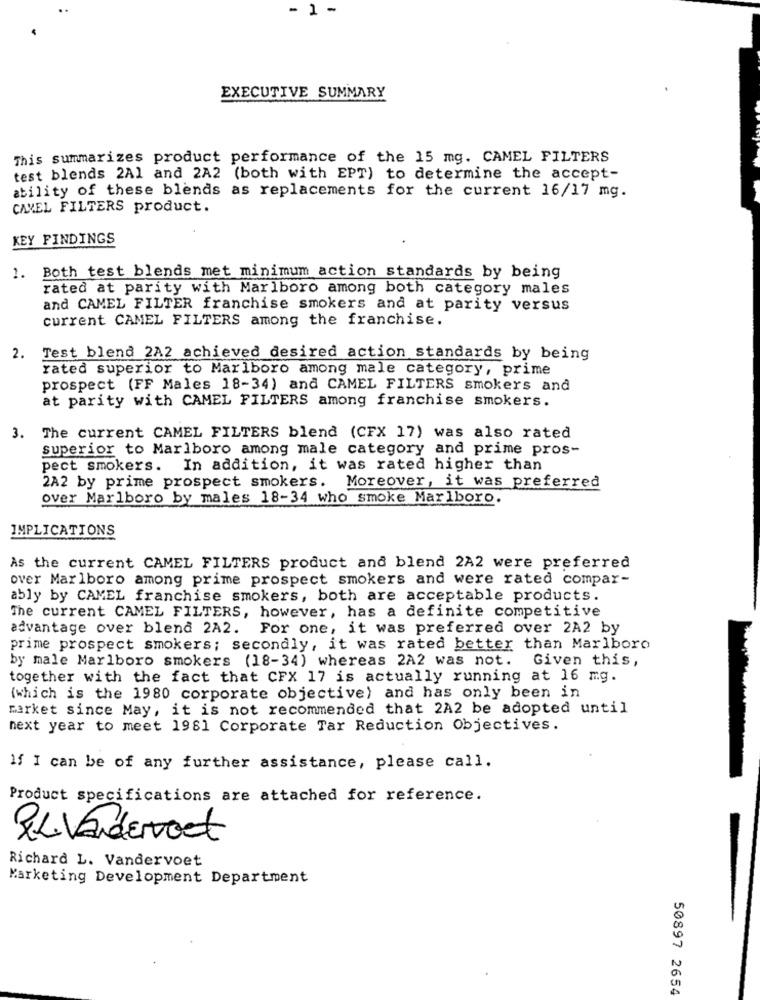
- 1 -
EXECUTIVE SUMMARY
This summarizes product performance of the 15 mg. CAMEL FILTERS
test blends 2A1 and 2A2 (both with EPT) to determine the accept-
ability of these blends as replacements for the current 16/17 mg.
CAXEL FILTERS product.
KEY FINDINGS
1. Both test blends met minimum action standards by being
rated at parity with Marlboro among both category males
and CAMEL FILTER franchise smokers and at parity versus
current CAMEL FILTERS among the franchise.
Test blend 2A2 achieved desired action standards by being
rated superior to Marlboro among male category, prime
prospect (FF Males 18-34) and CAMEL FILTERS smokers and
at parity with CAMEL FILTERS among franchise smokers.
3. The current CAMEL FILTERS blend (CFX 17) was also rated
superior to Marlboro among male category and prime pros-
pect smokers. In addition, it was rated higher than
2A2 by prime prospect smokers. Moreover, it was preferred
over Marlboro by males 18-34 who smoke Marlboro.
IMPLICATIONS
As the current CAMEL FILTERS product and blend 2A2 were preferred
over Marlboro among prime prospect smokers and were rated compar-
ably by CAMEL franchise smokers, both are acceptable products.
The current CAMEL FILTERS, however, has a definite competitive
advantage over blend 2A2. For one, it was preferred over 2A2 by
prime prospect smokers; secondly, it was rated better than Marlboro
by male Marlboro smokers (18-34) whereas 2A2 was not. Given this,
together with the fact that CFX 17 is actually running at 16 mg.
(which is the 1980 corporate objective) and has only been in
market since May, it is not recommended that 2A2 be adopted until
next year to meet 1981 Corporate Tar Reduction Objectives.
If I can be of any further assistance, please call.
Product specifications are attached for reference.
PEL.VENderoet
Richard L. Vandervoet
Marketing Development Department
50897 2654